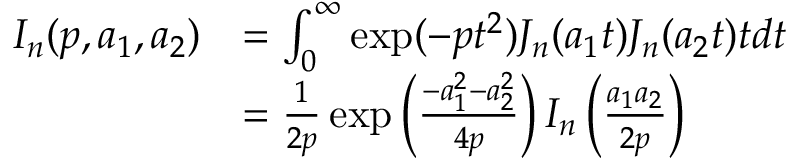
\begin{array} { r l } { { \cal I } _ { n } ( p , a _ { 1 } , a _ { 2 } ) } & { = \int _ { 0 } ^ { \infty } \exp ( - p t ^ { 2 } ) J _ { n } ( a _ { 1 } t ) J _ { n } ( a _ { 2 } t ) t d t } \\ & { = \frac { 1 } { 2 p } \exp \left( \frac { - a _ { 1 } ^ { 2 } - a _ { 2 } ^ { 2 } } { 4 p } \right) I _ { n } \left( \frac { a _ { 1 } a _ { 2 } } { 2 p } \right) } \end{array}